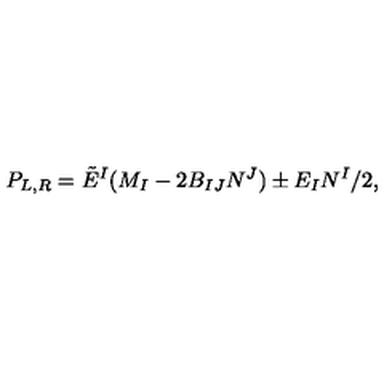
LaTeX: P _ { L , R } = { \tilde { E } } ^ { I } ( M _ { I } - 2 B _ { I J } N ^ { J } ) \pm E _ { I } N ^ { I } / 2 ,